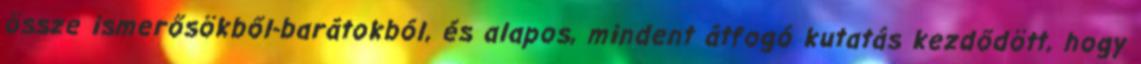
össze ismerősökből-barátokból, és alapos, mindent átfogó kutatás kezdődött, hogy